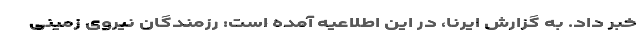
خبر داد. به گزارش ایرنا، در این اطلاعیه آمده است: رزمندگان نیروی زمینی